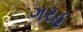
ગરહ